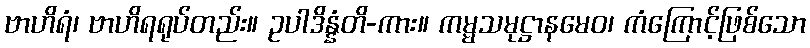
ဗာဟိရံ၊ ဗာဟိရရုပ်တည်း။ ဥပါဒိန္နံတိ-ကား။ ကမ္မသမုဋ္ဌာနမေဝ၊ ကံကြောင့်ဖြစ်သော